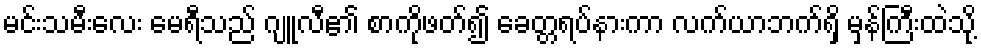
မင်းသမီးလေး မေရီသည် ဂျူလီ၏ စာကိုဖတ်၍ ခေတ္တရပ်နားကာ လက်ယာဘက်ရှိ မှန်ကြီးထဲသို့